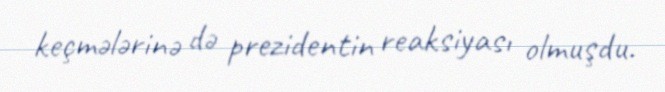
keçmələrinə də prezidentin reaksiyası olmuşdu.